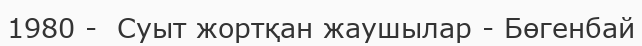
1980 -  Суыт жортқан жаушылар - Бөгенбай